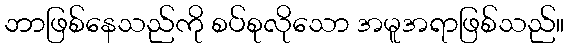
ဘာဖြစ်နေသည်ကို စပ်စုလိုသော အမူအရာဖြစ်သည်။